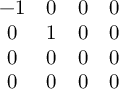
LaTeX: \begin{array} { c c c c } { { - 1 } } & { { 0 } } & { { 0 } } & { { 0 } } \\ { { 0 } } & { { 1 } } & { { 0 } } & { { 0 } } \\ { { 0 } } & { { 0 } } & { { 0 } } & { { 0 } } \\ { { 0 } } & { { 0 } } & { { 0 } } & { { 0 } } \end{array}